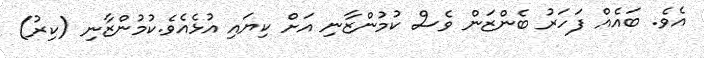
އެވެ. ބައެއް ފަހަރު ބެންޒަން ވެސް ކުމުންޒާނި އަށް ކިޔައި އުޅެއެވެ.ކުމުންޒާނި (ކިރު)